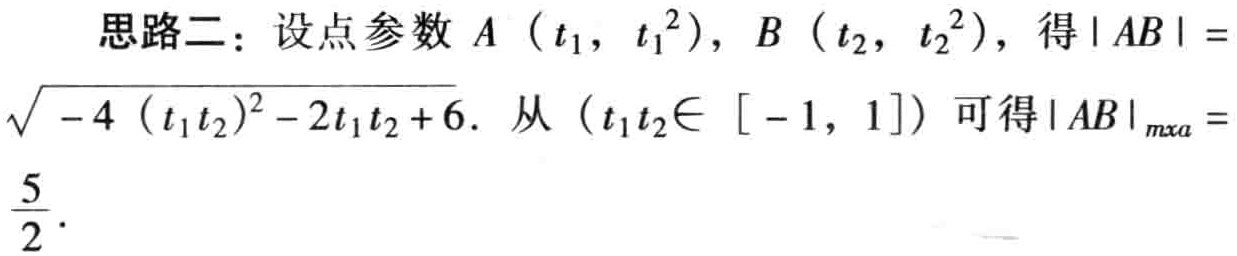
思路二：设点参数 \(A（t_1，t_1^2）, B（t_2，t_2^2）\)，得 \(|AB| = \sqrt{-4（t_1t_2）^2 - 2t_1t_2 + 6}\). 从 \((t_1t_2\in[-1, 1])\) 可得 \(|AB|_{max} = \frac{5}{2}\).